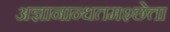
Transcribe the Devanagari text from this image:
अज्ञानान्धतमश्छेत्ता